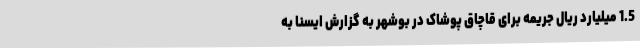
1.5 میلیارد ریال جریمه برای قاچاق پوشاک در بوشهر به گزارش ایسنا به